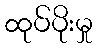
ထုပ်ပိုးမှု